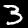
Digit: 3